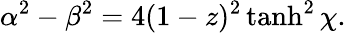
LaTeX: \alpha^{2}-\beta^{2}=4(1-z)^{2}\operatorname{tanh}^{2}\chi.